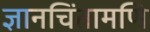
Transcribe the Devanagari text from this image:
ज्ञानचिंतामणि